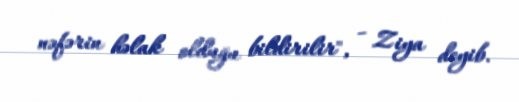
nəfərin həlak olduğu bildirilir", - Ziya deyib.